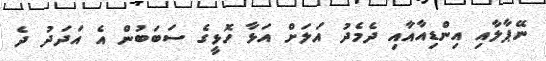
ނޭޕާލާއި އިންޑިއާއާއި ދެމެދު އަލަށް އަޅާ ހޮޅީގެ ސަބަބުން އެ އަދަދު ދެ